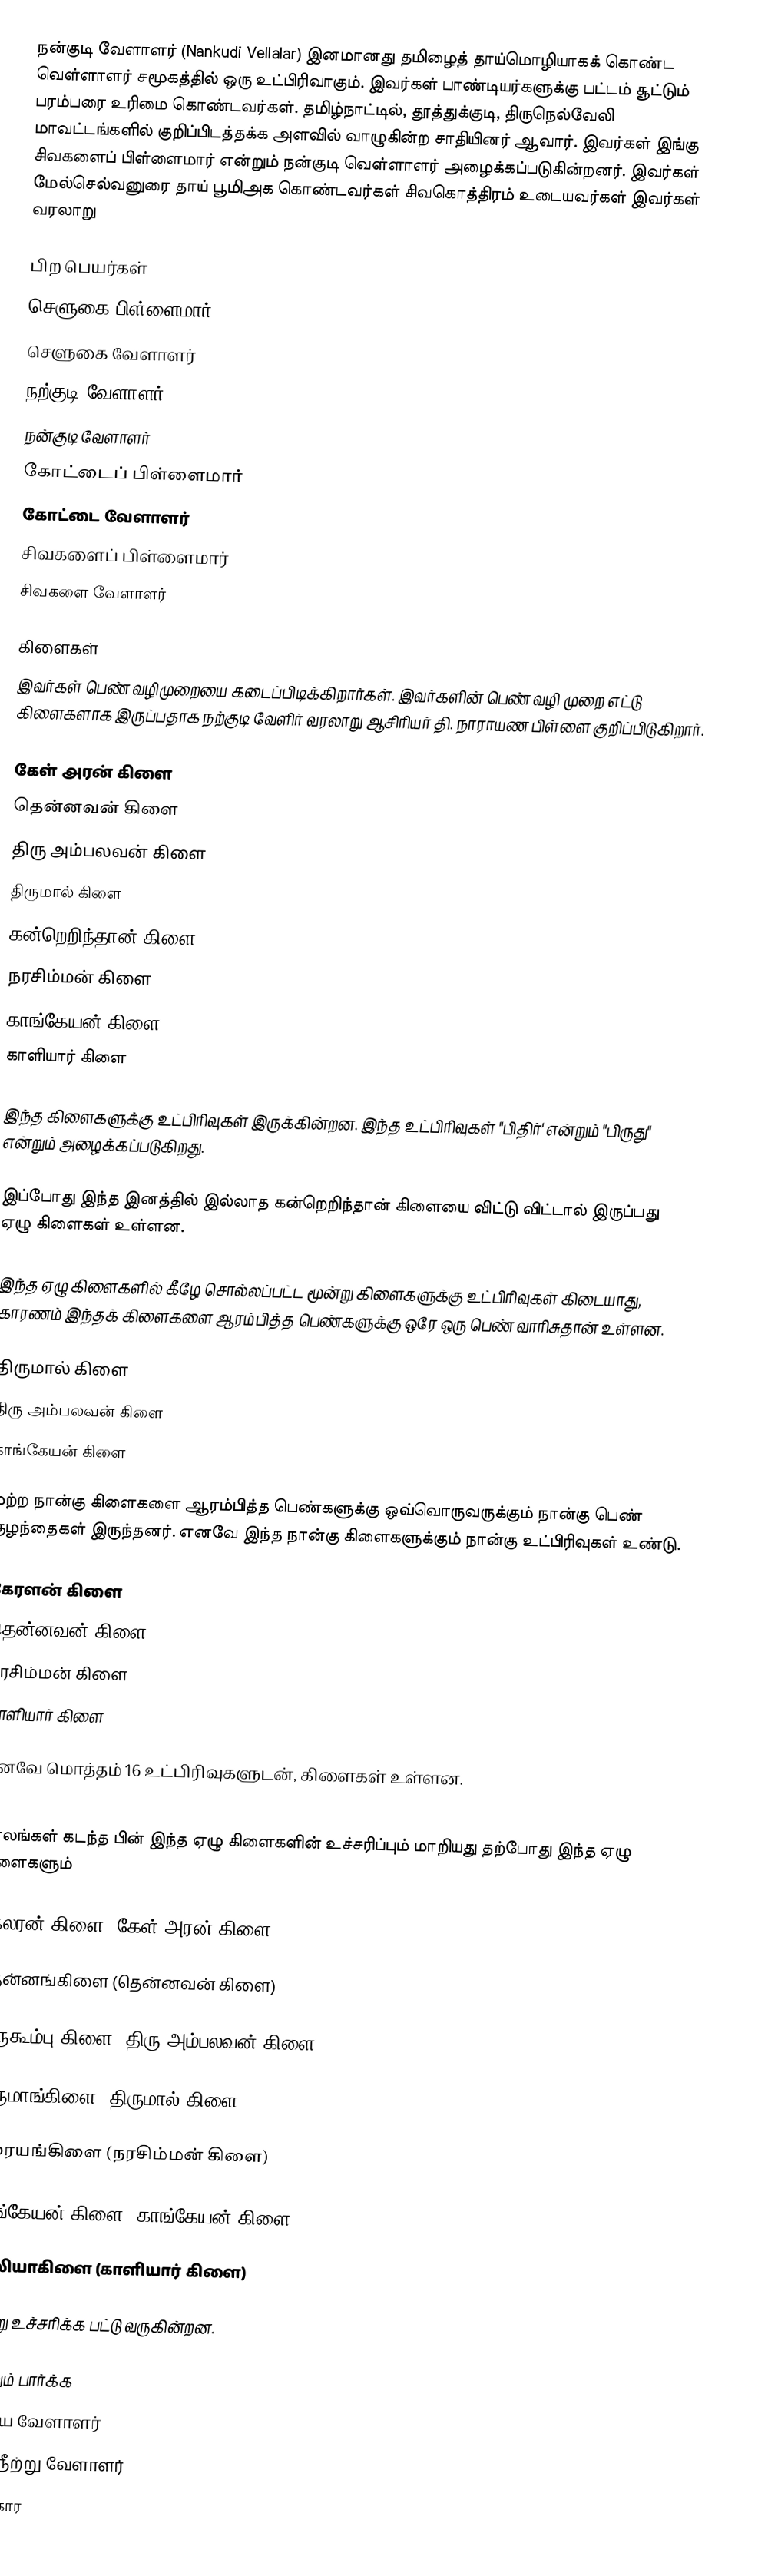
நன்குடி வேளாளர் (Nankudi Vellalar) இனமானது தமிழைத் தாய்மொழியாகக் கொண்ட வெள்ளாளர்  சமூகத்தில் ஒரு உட்பிரிவாகும். இவர்கள் பாண்டியர்களுக்கு பட்டம் சூட்டும் பரம்பரை உரிமை கொண்டவர்கள். தமிழ்நாட்டில், தூத்துக்குடி, திருநெல்வேலி மாவட்டங்களில் குறிப்பிடத்தக்க அளவில் வாழுகின்ற சாதியினர் ஆவார். இவர்கள் இங்கு சிவகளைப் பிள்ளைமார் என்றும் நன்குடி வெள்ளாளர் அழைக்கப்படுகின்றனர். இவர்கள் மேல்செல்வனுரை தாய் பூமிஅக கொண்டவர்கள் சிவகொத்திரம் உடையவர்கள் இவர்கள் வரலாறு

பிற பெயர்கள்
 செளுகை பிள்ளைமார்
 செளுகை வேளாளர்
 நற்குடி வேளாளர்
 நன்குடி வேளாளர்
 கோட்டைப் பிள்ளைமார்
 கோட்டை வேளாளர்
 சிவகளைப் பிள்ளைமார்
 சிவகளை வேளாளர்

கிளைகள்
இவர்கள் பெண் வழிமுறையை கடைப்பிடிக்கிறார்கள். இவர்களின் பெண் வழி முறை எட்டு கிளைகளாக இருப்பதாக நற்குடி வேளிர் வரலாறு ஆசிரியர் தி. நாராயண பிள்ளை குறிப்பிடுகிறார்.

 கேள் அரன் கிளை
 தென்னவன் கிளை
 திரு அம்பலவன் கிளை
 திருமால் கிளை
 கன்றெறிந்தான் கிளை
 நரசிம்மன் கிளை
 காங்கேயன் கிளை
 காளியார் கிளை

இந்த கிளைகளுக்கு உட்பிரிவுகள் இருக்கின்றன. இந்த உட்பிரிவுகள் "பிதிர்' என்றும் "பிருது" என்றும் அழைக்கப்படுகிறது.

இப்போது இந்த இனத்தில் இல்லாத கன்றெறிந்தான் கிளையை விட்டு விட்டால் இருப்பது ஏழு கிளைகள் உள்ளன.

இந்த ஏழு கிளைகளில் கீழே சொல்லப்பட்ட மூன்று கிளைகளுக்கு உட்பிரிவுகள் கிடையாது, காரணம் இந்தக் கிளைகளை ஆரம்பித்த பெண்களுக்கு ஒரே ஒரு பெண் வாரிசுதான் உள்ளன.

 திருமால் கிளை
 திரு அம்பலவன் கிளை
 காங்கேயன் கிளை

மற்ற நான்கு கிளைகளை ஆரம்பித்த பெண்களுக்கு ஒவ்வொருவருக்கும் நான்கு பெண் குழந்தைகள் இருந்தனர். எனவே இந்த நான்கு கிளைகளுக்கும் நான்கு உட்பிரிவுகள் உண்டு.

 கேரளன் கிளை
 தென்னவன் கிளை
 நரசிம்மன் கிளை
 காளியார் கிளை

எனவே மொத்தம் 16 உட்பிரிவுகளுடன், கிளைகள் உள்ளன.

காலங்கள் கடந்த பின் இந்த ஏழு கிளைகளின் உச்சரிப்பும் மாறியது தற்போது இந்த ஏழு கிளைகளும்

கேலரன் கிளை (கேள் அரன் கிளை)

தென்னங்கிளை (தென்னவன் கிளை)

திருகூம்பு கிளை (திரு அம்பலவன் கிளை)

திருமாங்கிளை (திருமால் கிளை)

நரையங்கிளை (நரசிம்மன் கிளை)

காங்கேயன் கிளை (காங்கேயன் கிளை)

காலியாகிளை (காளியார் கிளை)

என்று உச்சரிக்க பட்டு வருகின்றன.

மேலும் பார்க்க
 ஆரிய வேளாளர்
 திருநீற்று வேளாளர்
 ஆதிகார